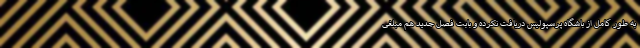
به طور کامل از باشگاه پرسپولیس دریافت نکرده و بابت فصل جدید هم مبلغی